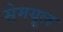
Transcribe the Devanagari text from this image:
सेमयूल